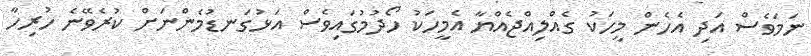
ނަމަވެސް އަދި އެހެން މީހަކު ގެއްލިއްޖެއްޔާ އެމީހަކު ހޯދުމުގައިވެސް އަޅުގަނޑުމެންނަށް ކުރެވޭނެ ހުރިހާ